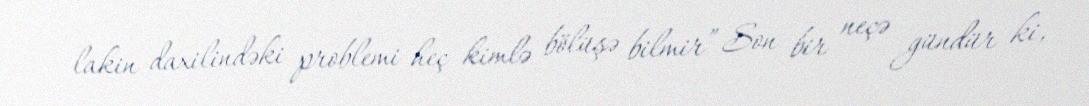
lakin daxilindəki problemi heç kimlə bölüşə bilmir” Son bir neçə gündür ki,